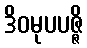
ဒိဝမုပပဇ္ဇိ